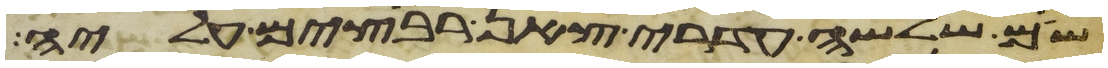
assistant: שם שלשה עדרי צאן רבצים עליה